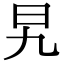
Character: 旯